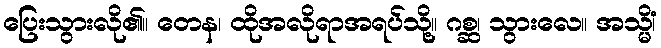
ပြေးသွားလို၏။ တေန၊ ထိုအလိုရာအရပ်သို့။ ဂစ္ဆ၊ သွားလေ။ အသ္မိံ၊